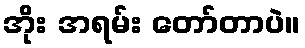
အိုး အရမ်း တော်တာပဲ။